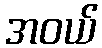
အဝယ်